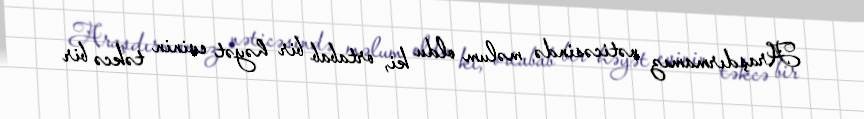
Araşdırmamız nəticəsində məlum oldu ki, ortabab bir həyət evinin təkcə bir